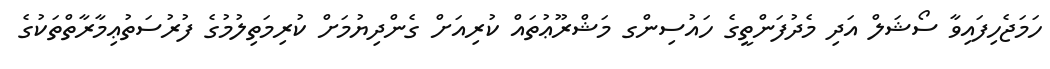
ހަމަޖެހިފައިވާ ސޯޝަލް އަދި މެދުފަންތީގެ ހައުސިންގ މަޝްރޫޢުތައް ކުރިއަށް ގެންދިޔުމަށް ކުރިމަތިލުމުގެ ފުރުސަތުޢިމާރާތްތަކުގެ